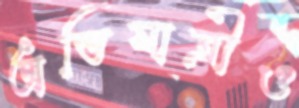
অভিযাত্রীও